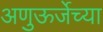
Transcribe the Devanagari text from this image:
अणुऊर्जेच्या